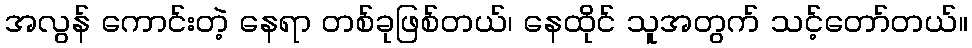
အလွန် ကောင်းတဲ့ နေရာ တစ်ခုဖြစ်တယ်၊ နေထိုင် သူအတွက် သင့်တော်တယ်။